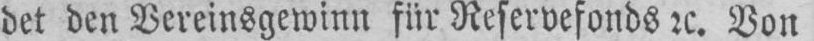
den den Vereinsgewinn für Reservefonds etc. Von